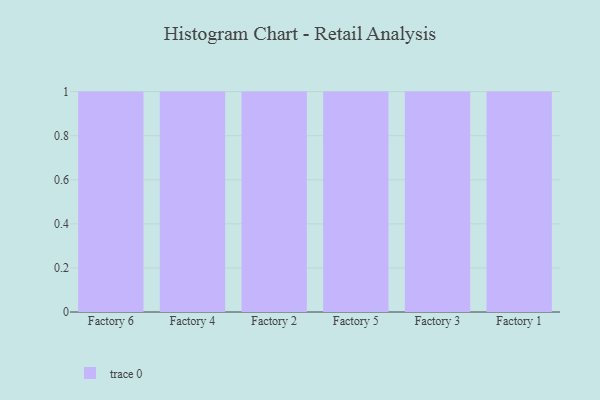
{"axis": {"x": "Factory", "y": "Production Output"}, "legend": [""], "data": [{"x": "Factory 6", "y": 12, "type": ""}, {"x": "Factory 4", "y": 35, "type": ""}, {"x": "Factory 2", "y": 42, "type": ""}, {"x": "Factory 5", "y": 85, "type": ""}, {"x": "Factory 3", "y": 65, "type": ""}, {"x": "Factory 1", "y": 75, "type": ""}]}